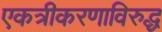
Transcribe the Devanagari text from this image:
एकत्रीकरणाविरुद्ध